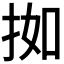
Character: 𫼰